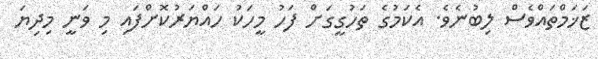
ޒަޚަމްތައްވެސް ލިބުނެވެ. އެކަމުގެ ތަހުގީގަށް ފަހު މީހަކު ހައްޔަރުކޮށްފައި މި ވަނީ މިިދިޔަ